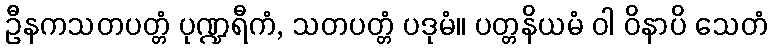
ဦနကသတပတ္တံ ပုဏ္ဍရီကံ, သတပတ္တံ ပဒုမံ။ ပတ္တနိယမံ ဝါ ဝိနာပိ သေတံ